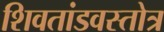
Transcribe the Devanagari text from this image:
शिवतांडवस्तोत्र